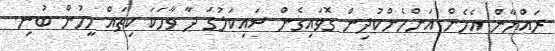
ރައްޔާން އެހެން އަންހެންކުދިން ގޮވައިގެން ސައިކަލުގަ ދާ ވާހަކަ ކިތައް މީހުން ބުނި.